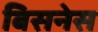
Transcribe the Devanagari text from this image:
बिसनेस